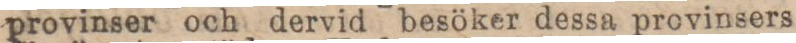
provinser och dervid besöker dessa provinsers